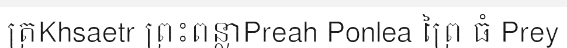
ត្រKhsaetr ព្រះពន្លាPreah Ponlea ព្រៃ ធំ Prey